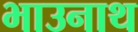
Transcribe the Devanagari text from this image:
भाउनाथ